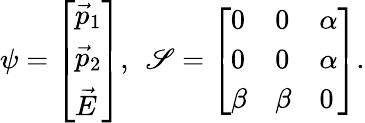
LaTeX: \psi=\left[\begin{array}{l}{\vec{p}_{1}}\\ {\vec{p}_{2}}\\ {\vec{E}}\end{array}\right],\: \: \mathscr{S}=\left[\begin{array}{lll}{0}&{0}&{\alpha}\\ {0}&{0}&{\alpha}\\ {\beta}&{\beta}&{0}\end{array}\right].